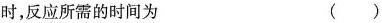
时，反应所需的时间为 ()